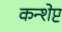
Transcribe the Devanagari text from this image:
कन्शेप्ट